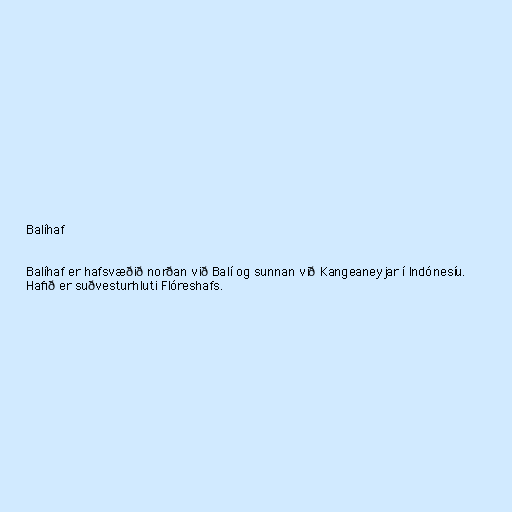
Balíhaf

Balíhaf er hafsvæðið norðan við Balí og sunnan við Kangeaneyjar í Indónesíu.
Hafið er suðvesturhluti Flóreshafs.